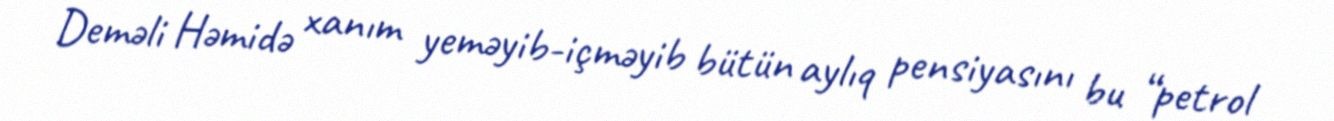
Deməli Həmidə xanım yeməyib-içməyib bütün aylıq pensiyasını bu “petrol